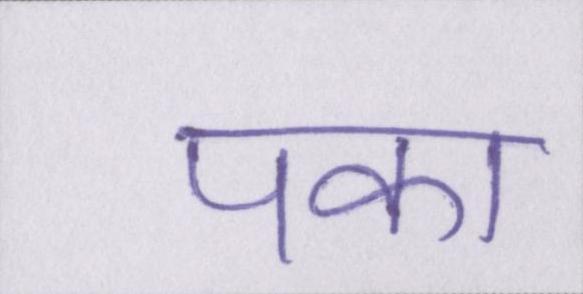
पका